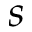
s